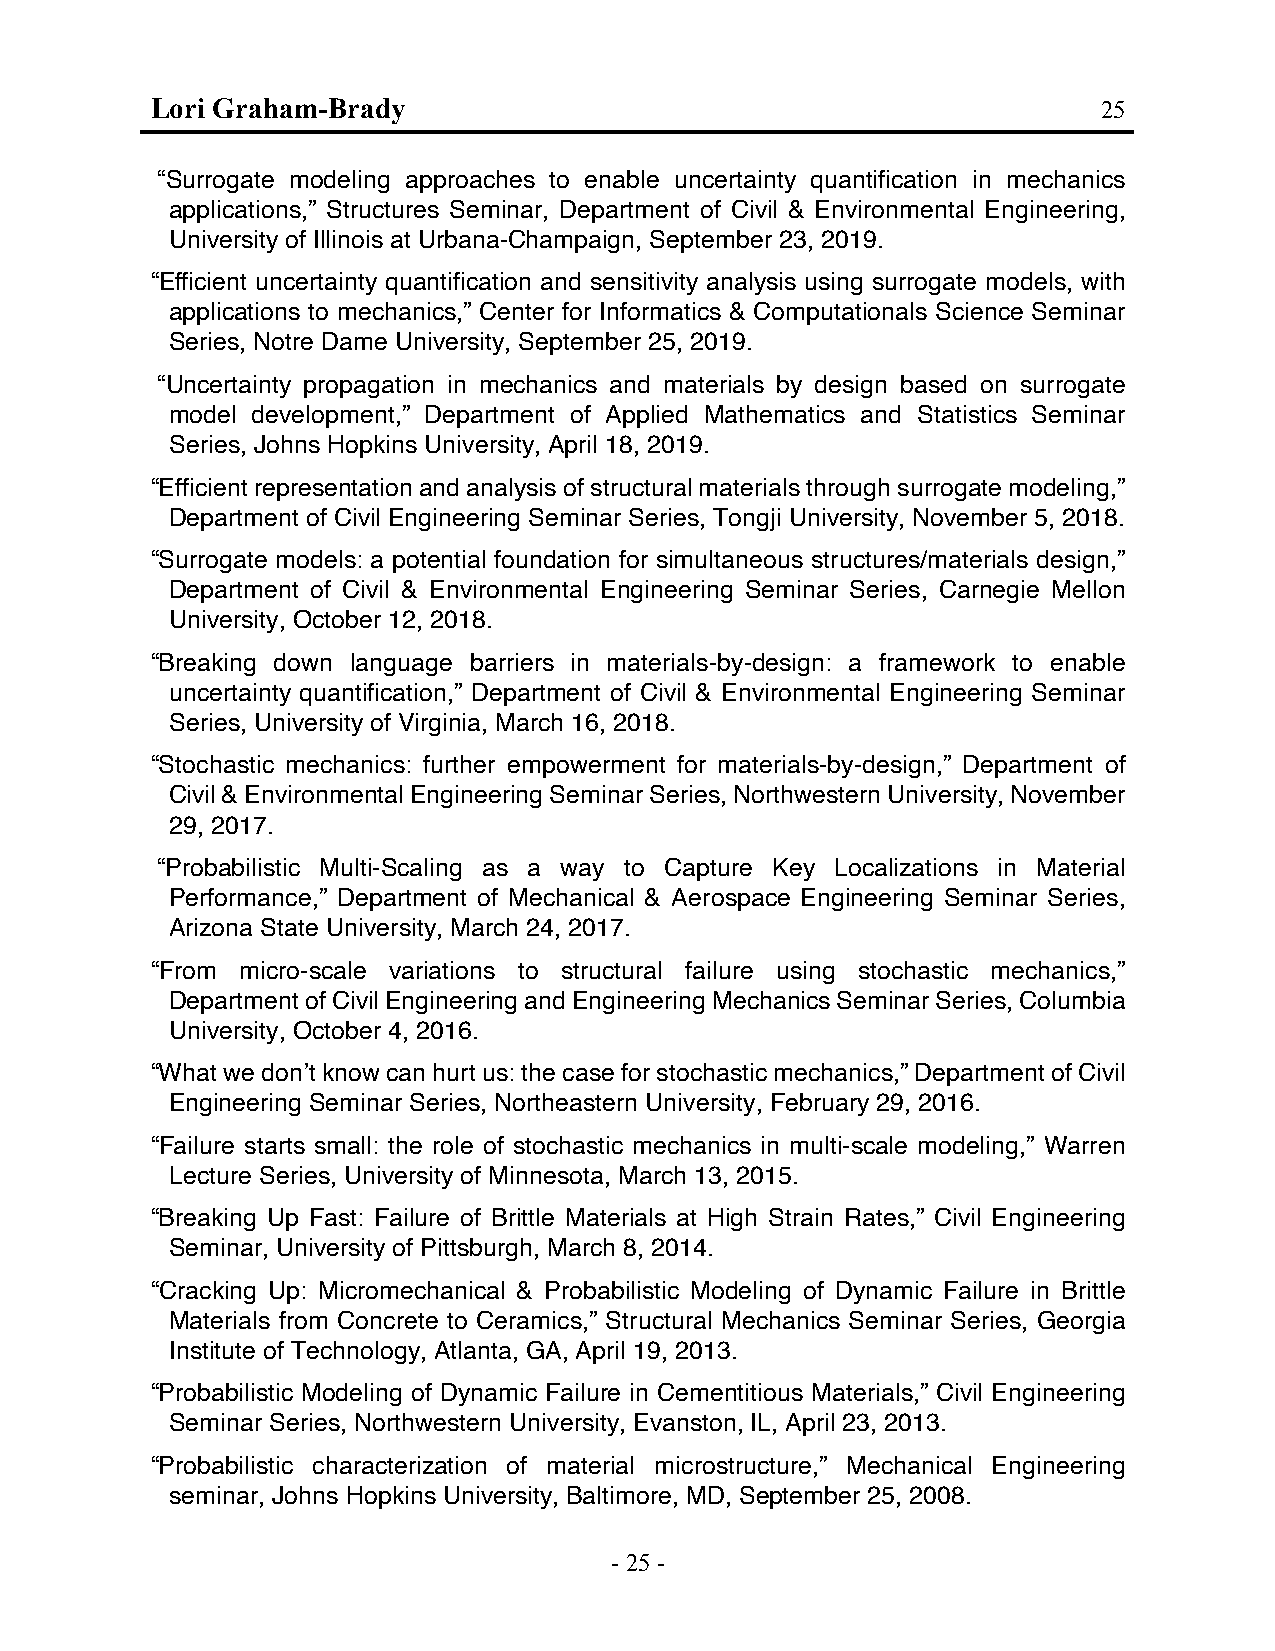
Lori Graham-Brady                                              25
 “Surrogate modeling approaches to enable uncertainty quantification in mechanics
 applications,” Structures Seminar, Department of Civil & Environmental Engineering,
 University of Illinois at Urbana-Champaign, September 23, 2019.
 “Efficient uncertainty quantification and sensitivity analysis using surrogate models, with
 applications to mechanics,” Center for Informatics & Computationals Science Seminar
 Series, Notre Dame University, September 25, 2019.
 “Uncertainty propagation in mechanics and materials by design based on surrogate
 model development,” Department of Applied Mathematics and Statistics Seminar
 Series, Johns Hopkins University, April 18, 2019.
 “Efficient representation and analysis of structural materials through surrogate modeling,”
 Department of Civil Engineering Seminar Series, Tongji University, November 5, 2018.
 “Surrogate models: a potential foundation for simultaneous structures/materials design,”
 Department of Civil & Environmental Engineering Seminar Series, Carnegie Mellon
 University, October 12, 2018.
 “Breaking down language barriers in materials-by-design: a framework to enable
 uncertainty quantification,” Department of Civil & Environmental Engineering Seminar
 Series, University of Virginia, March 16, 2018.
 “Stochastic mechanics: further empowerment for materials-by-design,” Department of
 Civil & Environmental Engineering Seminar Series, Northwestern University, November
 29, 2017.
 “Probabilistic Multi-Scaling as a way to Capture Key Localizations in Material
 Performance,” Department of Mechanical & Aerospace Engineering Seminar Series,
 Arizona State University, March 24, 2017.
 “From micro-scale variations to structural failure using stochastic mechanics,”
 Department of Civil Engineering and Engineering Mechanics Seminar Series, Columbia
 University, October 4, 2016.
 “What we don’t know can hurt us: the case for stochastic mechanics,” Department of Civil
 Engineering Seminar Series, Northeastern University, February 29, 2016.
 “Failure starts small: the role of stochastic mechanics in multi-scale modeling,” Warren
 Lecture Series, University of Minnesota, March 13, 2015.
 “Breaking Up Fast: Failure of Brittle Materials at High Strain Rates,” Civil Engineering
 Seminar, University of Pittsburgh, March 8, 2014.
 “Cracking Up: Micromechanical & Probabilistic Modeling of Dynamic Failure in Brittle
 Materials from Concrete to Ceramics,” Structural Mechanics Seminar Series, Georgia
 Institute of Technology, Atlanta, GA, April 19, 2013.
 “Probabilistic Modeling of Dynamic Failure in Cementitious Materials,” Civil Engineering
 Seminar Series, Northwestern University, Evanston, IL, April 23, 2013.
 “Probabilistic characterization of material microstructure,” Mechanical Engineering
 seminar, Johns Hopkins University, Baltimore, MD, September 25, 2008.
 - 25 -